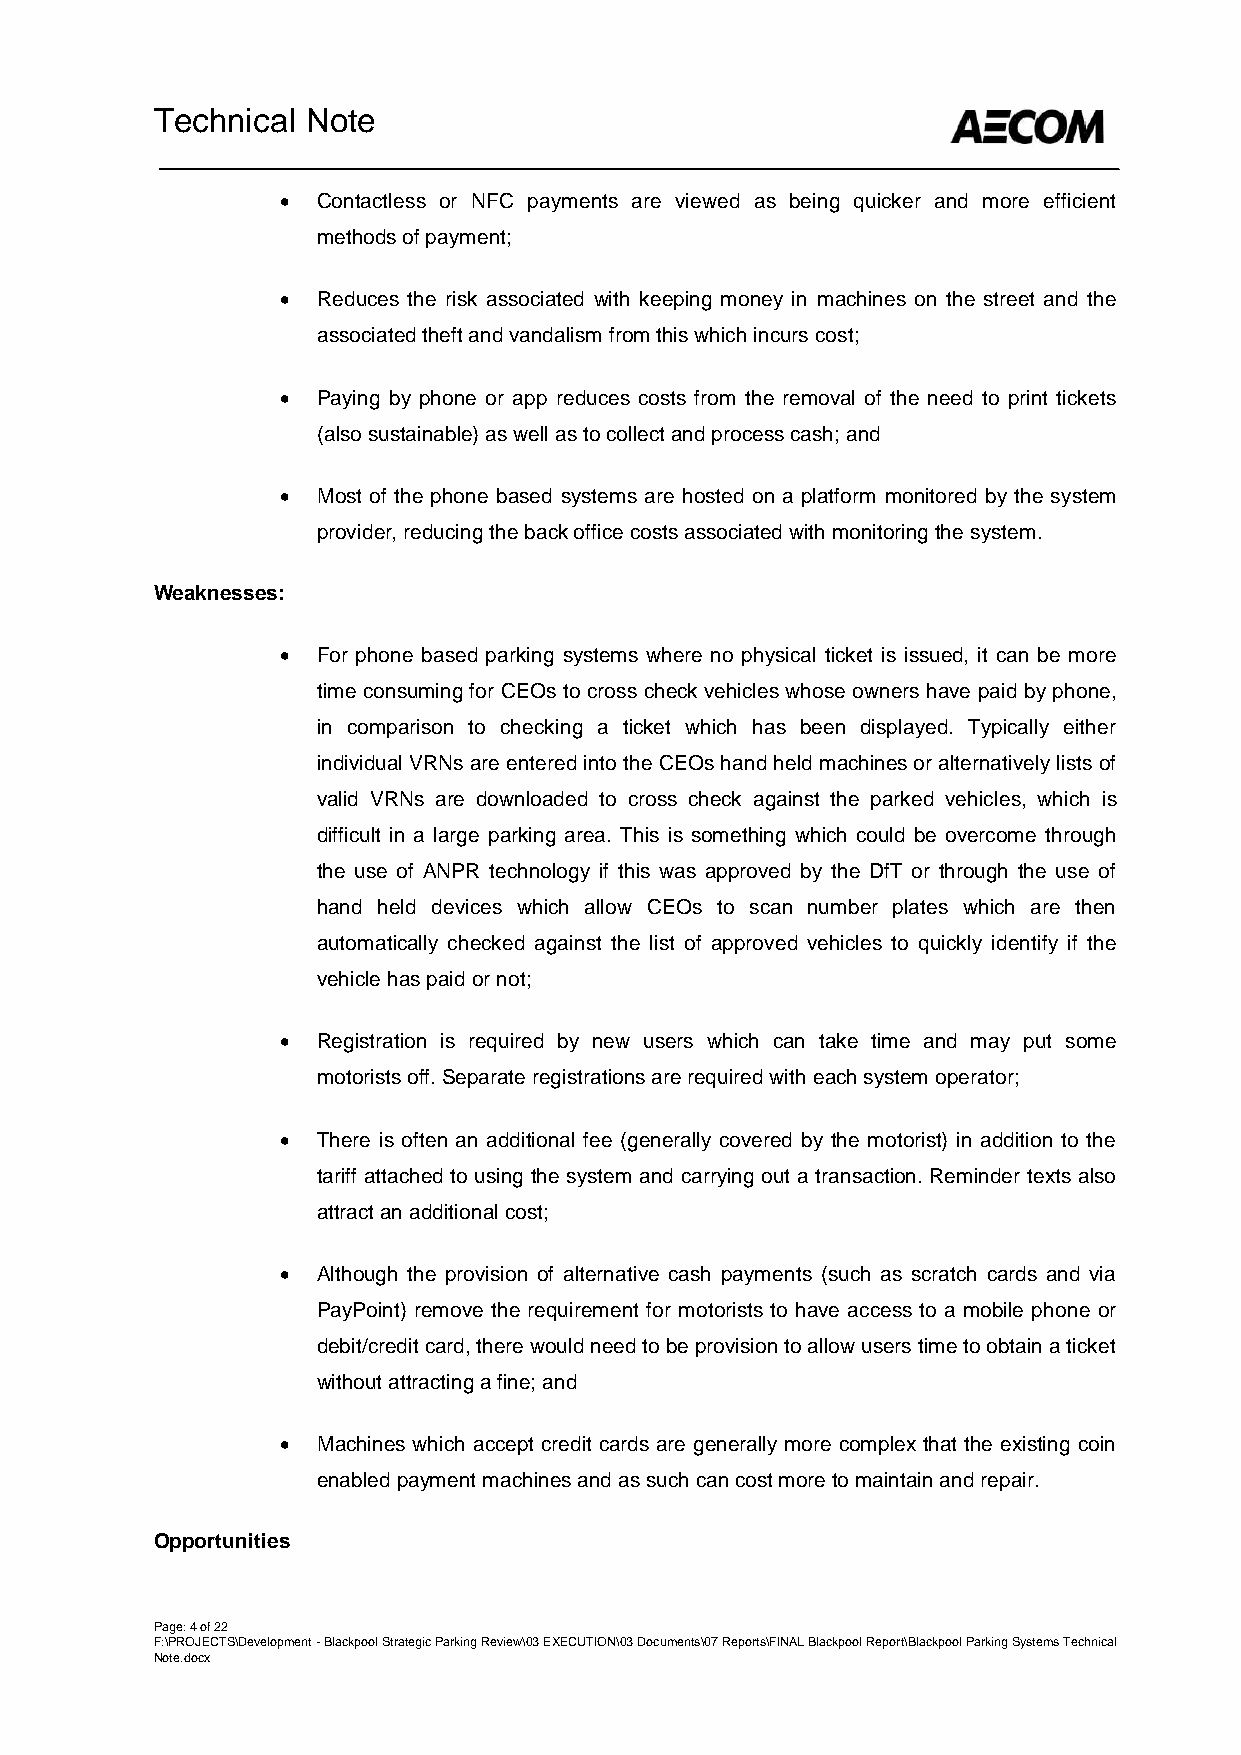
Technical Note
  Contactless or NFC payments are viewed as being quicker and more efficient
 methods of payment;
  Reduces the risk associated with keeping money in machines on the street and the
 associated theft and vandalism from this which incurs cost;
  Paying by phone or app reduces costs from the removal of the need to print tickets
 (also sustainable) as well as to collect and process cash; and
  Most of the phone based systems are hosted on a platform monitored by the system
 provider, reducing the back office costs associated with monitoring the system.
 Weaknesses:
  For phone based parking systems where no physical ticket is issued, it can be more
 time consuming for CEOs to cross check vehicles whose owners have paid by phone,
 in comparison to checking a ticket which has been displayed. Typically either
 individual VRNs are entered into the CEOs hand held machines or alternatively lists of
 valid VRNs are downloaded to cross check against the parked vehicles, which is
 difficult in a large parking area. This is something which could be overcome through
 the use of ANPR technology if this was approved by the DfT or through the use of
 hand held devices which allow CEOs to scan number plates which are then
 automatically checked against the list of approved vehicles to quickly identify if the
 vehicle has paid or not;
  Registration is required by new users which can take time and may put some
 motorists off. Separate registrations are required with each system operator;
  There is often an additional fee (generally covered by the motorist) in addition to the
 tariff attached to using the system and carrying out a transaction. Reminder texts also
 attract an additional cost;
  Although the provision of alternative cash payments (such as scratch cards and via
 PayPoint) remove the requirement for motorists to have access to a mobile phone or
 debit/credit card, there would need to be provision to allow users time to obtain a ticket
 without attracting a fine; and
  Machines which accept credit cards are generally more complex that the existing coin
 enabled payment machines and as such can cost more to maintain and repair.
 Opportunities
 Page: 4 of 22
 F:\PROJECTS\Development - Blackpool Strategic Parking Review\03 EXECUTION\03 Documents\07 Reports\FINAL Blackpool Report\Blackpool Parking Systems Technical
 Note.docx